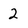
Character: 2